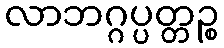
လာဘဂ္ဂပ္ပတ္တဉ္စ